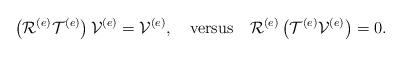
LaTeX: \begin{align*}\left( \mathcal{R}^{\left( e\right) }\mathcal{T}^{\left( e\right)}\right) \mathcal{V}^{\left( e\right) }=\mathcal{V}^{\left( e\right)},\quad\mbox{versus}\quad\mathcal{R}^{\left( e\right) }\left(\mathcal{T}^{\left( e\right) }\mathcal{V}^{\left( e\right) }\right) =0.\end{align*}